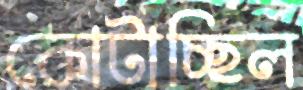
কোটাচ্ছিল